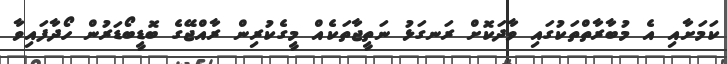
ކަމަށާއި އެ މުބާރާތްތަކުގައި ވާދަކޮށް ރަނގަޅު ނަތީޖާތަކެއް މީގެކުރިން ރާއްޖޭގެ ބޮޑީބޯޑަރުން ހޯދާފައިވާ